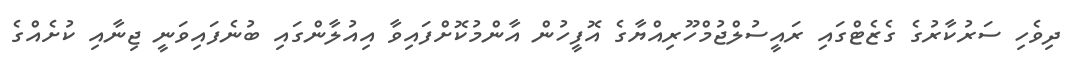
ދިވެހި ސަރުކާރުގެ ގެޒެޓްގައި ރައީސުލްޖުމްހޫރިއްޔާގެ އޮފީހުން އާންމުކޮށްފައިވާ އިއުލާންގައި ބުނެފައިވަނީ ޖިނާއި ކުށެއްގެ